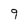
Character: 9